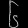
Digit: ၆